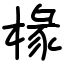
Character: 椽